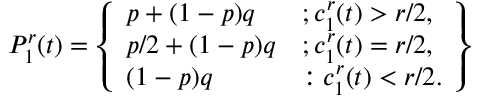
P _ { 1 } ^ { r } ( t ) = \left\{ \begin{array} { l l } { p + ( 1 - p ) q } & { ; c _ { 1 } ^ { r } ( t ) > r / 2 , } \\ { p / 2 + ( 1 - p ) q } & { ; c _ { 1 } ^ { r } ( t ) = r / 2 , } \\ { ( 1 - p ) q } & { : c _ { 1 } ^ { r } ( t ) < r / 2 . } \end{array} \right\}